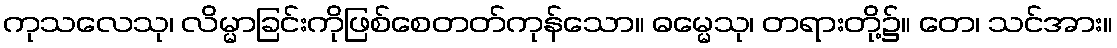
ကုသလေသု၊ လိမ္မာခြင်းကိုဖြစ်စေတတ်ကုန်သော။ ဓမ္မေသု၊ တရားတို့၌။ တေ၊ သင်အား။